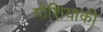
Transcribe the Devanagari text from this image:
योशियाकी